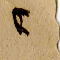
٢